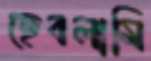
ছেবলামি